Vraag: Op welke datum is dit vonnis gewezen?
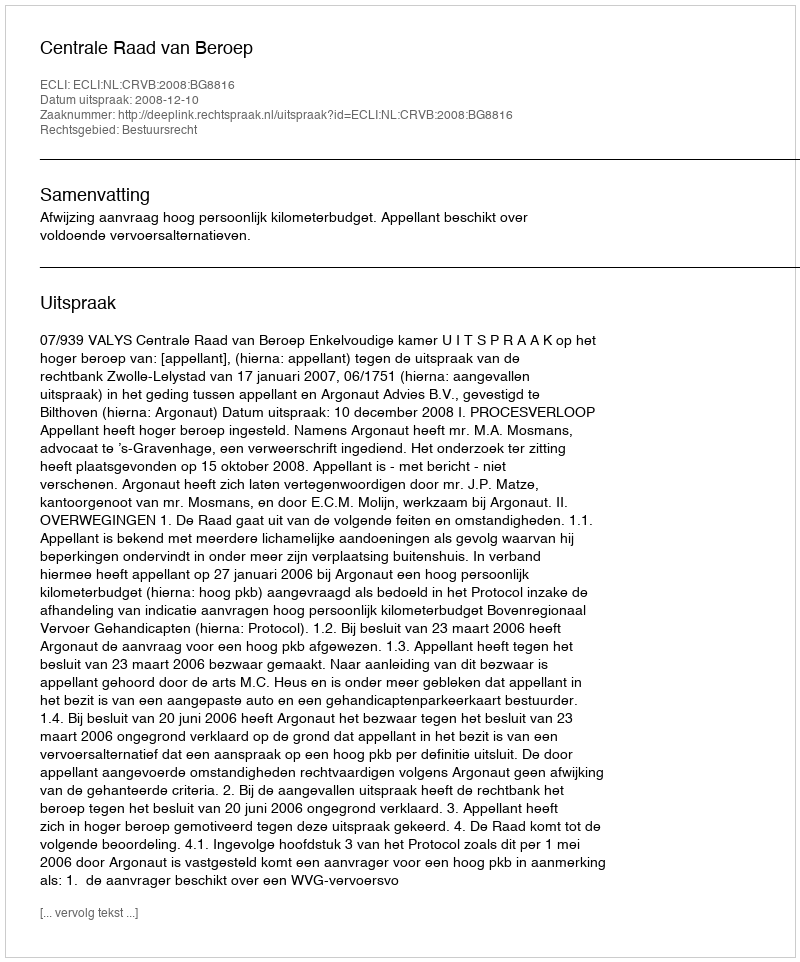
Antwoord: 2008-12-10